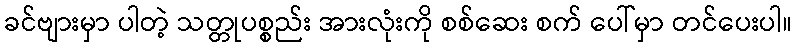
ခင်ဗျားမှာ ပါတဲ့ သတ္တုပစ္စည်း အားလုံးကို စစ်ဆေး စက် ပေါ်မှာ တင်ပေးပါ။